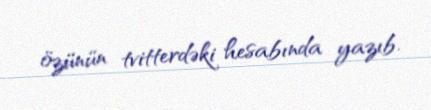
özünün tvitterdəki hesabında yazıb.